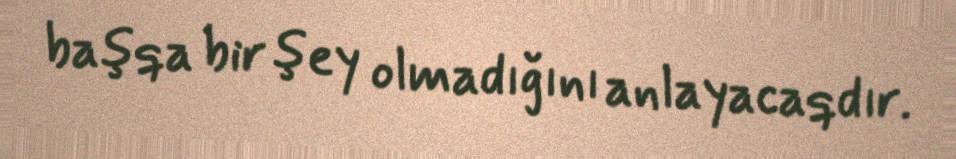
başqa bir şey olmadığını anlayacaqdır.